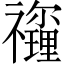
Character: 𥜡